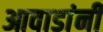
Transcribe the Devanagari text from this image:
आवाडांनी